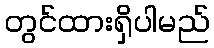
တွင်ထားရှိပါမည်